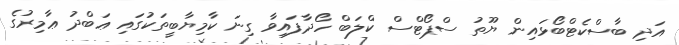
އަދި ބާސްކެޓްބޯޅައިން ޔޫތު ސްޕޯޓްސް ކްލަބް ހޯދާފައިވާ ގިނަ ކާމިޔާބީތަކުގައި ޢަބްދު ޢާމިރުގެ